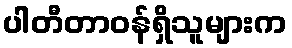
ပါတီတာဝန်ရှိသူများက